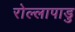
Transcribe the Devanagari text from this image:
रोल्लापाडु